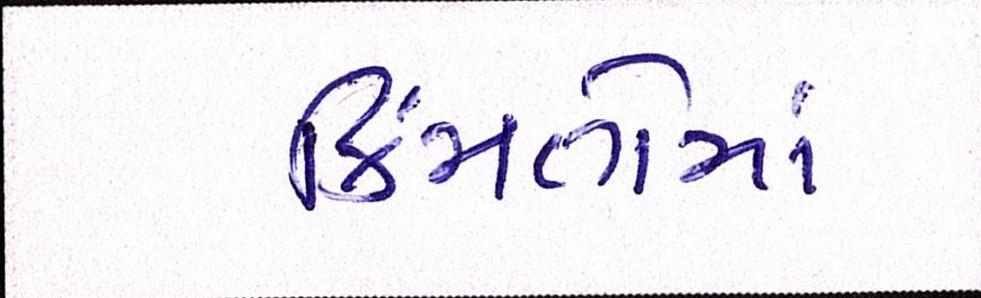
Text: કિંમતોમાં